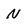
Character: N